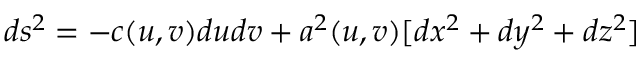
d s ^ { 2 } = - c ( u , v ) d u d v + a ^ { 2 } ( u , v ) [ d x ^ { 2 } + d y ^ { 2 } + d z ^ { 2 } ]